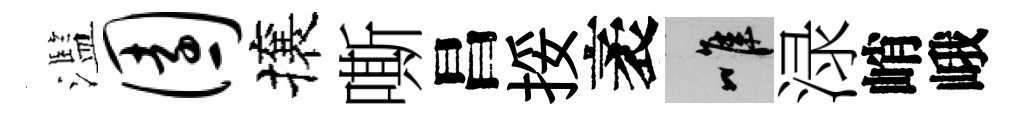
濫园攘嘶昌挼袤唯渌峭峨